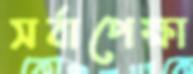
সর্বাপেক্ষা